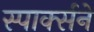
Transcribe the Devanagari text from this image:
स्पार्क्‍सने